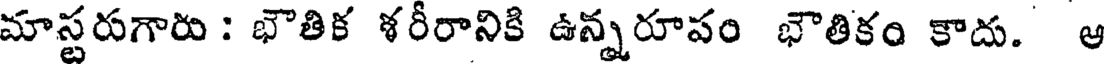
మాస్టరుగారు : భౌతిక శరీరానికి ఉన్నరూపం భౌతికం కాదు. ఆ